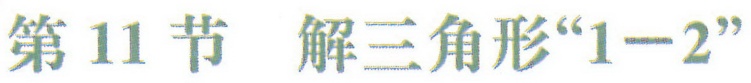
第\(11\)节 解三角形“\(1 - 2\)”